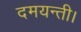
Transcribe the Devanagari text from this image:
दमयन्ती।